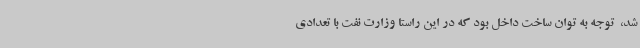
شد، ‌ توجه به توان ساخت داخل بود که در این راستا وزارت نفت با تعدادی